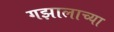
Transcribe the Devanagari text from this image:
गझालाच्या